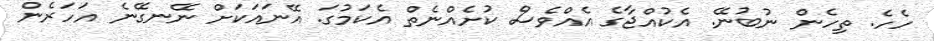
ހެހެ. ތިހެން ނުބުނޭ. އެކުއްޖާގެ އެއްވެސް ކުށެއްނެތް އެކަމުގަ. އޭނައަކަށް ނޭނގޭނެ އަހަރެން